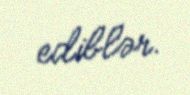
ediblər.